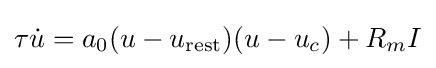
\tau {\dot {u}}=a_{0}(u-u_{\text{rest}})(u-u_{c})+R_{m}I